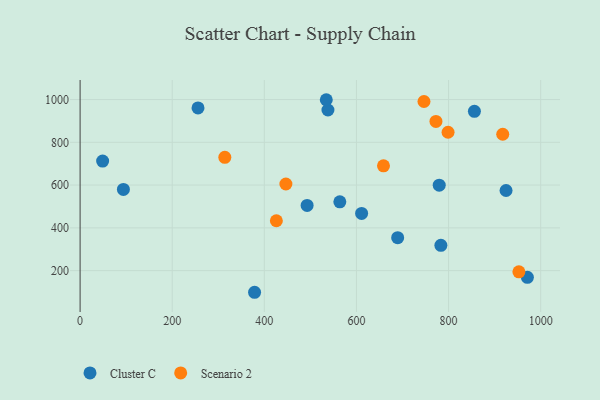
{"axis": {"x": "Engine Size", "y": "Demand"}, "legend": ["Cluster C", "Scenario 2"], "data": [{"x": "563.9", "y": 521.9, "type": "Cluster C"}, {"x": "492.9", "y": 504.8, "type": "Cluster C"}, {"x": "378.8", "y": 98.8, "type": "Cluster C"}, {"x": "689.5", "y": 354.1, "type": "Cluster C"}, {"x": "783.3", "y": 318.5, "type": "Cluster C"}, {"x": "94.0", "y": 579.8, "type": "Cluster C"}, {"x": "971.1", "y": 168.7, "type": "Cluster C"}, {"x": "611.2", "y": 467.3, "type": "Cluster C"}, {"x": "924.8", "y": 574.8, "type": "Cluster C"}, {"x": "779.7", "y": 599.8, "type": "Cluster C"}, {"x": "48.9", "y": 712.2, "type": "Cluster C"}, {"x": "256.0", "y": 960.7, "type": "Cluster C"}, {"x": "538.1", "y": 951.1, "type": "Cluster C"}, {"x": "534.5", "y": 999.2, "type": "Cluster C"}, {"x": "856.1", "y": 944.9, "type": "Cluster C"}, {"x": "772.6", "y": 897.6, "type": "Scenario 2"}, {"x": "746.6", "y": 990.9, "type": "Scenario 2"}, {"x": "658.7", "y": 690.1, "type": "Scenario 2"}, {"x": "446.8", "y": 605.1, "type": "Scenario 2"}, {"x": "314.2", "y": 729.9, "type": "Scenario 2"}, {"x": "952.7", "y": 194.6, "type": "Scenario 2"}, {"x": "426.1", "y": 433.3, "type": "Scenario 2"}, {"x": "798.9", "y": 847.1, "type": "Scenario 2"}, {"x": "917.6", "y": 837.7, "type": "Scenario 2"}]}